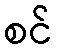
စင်